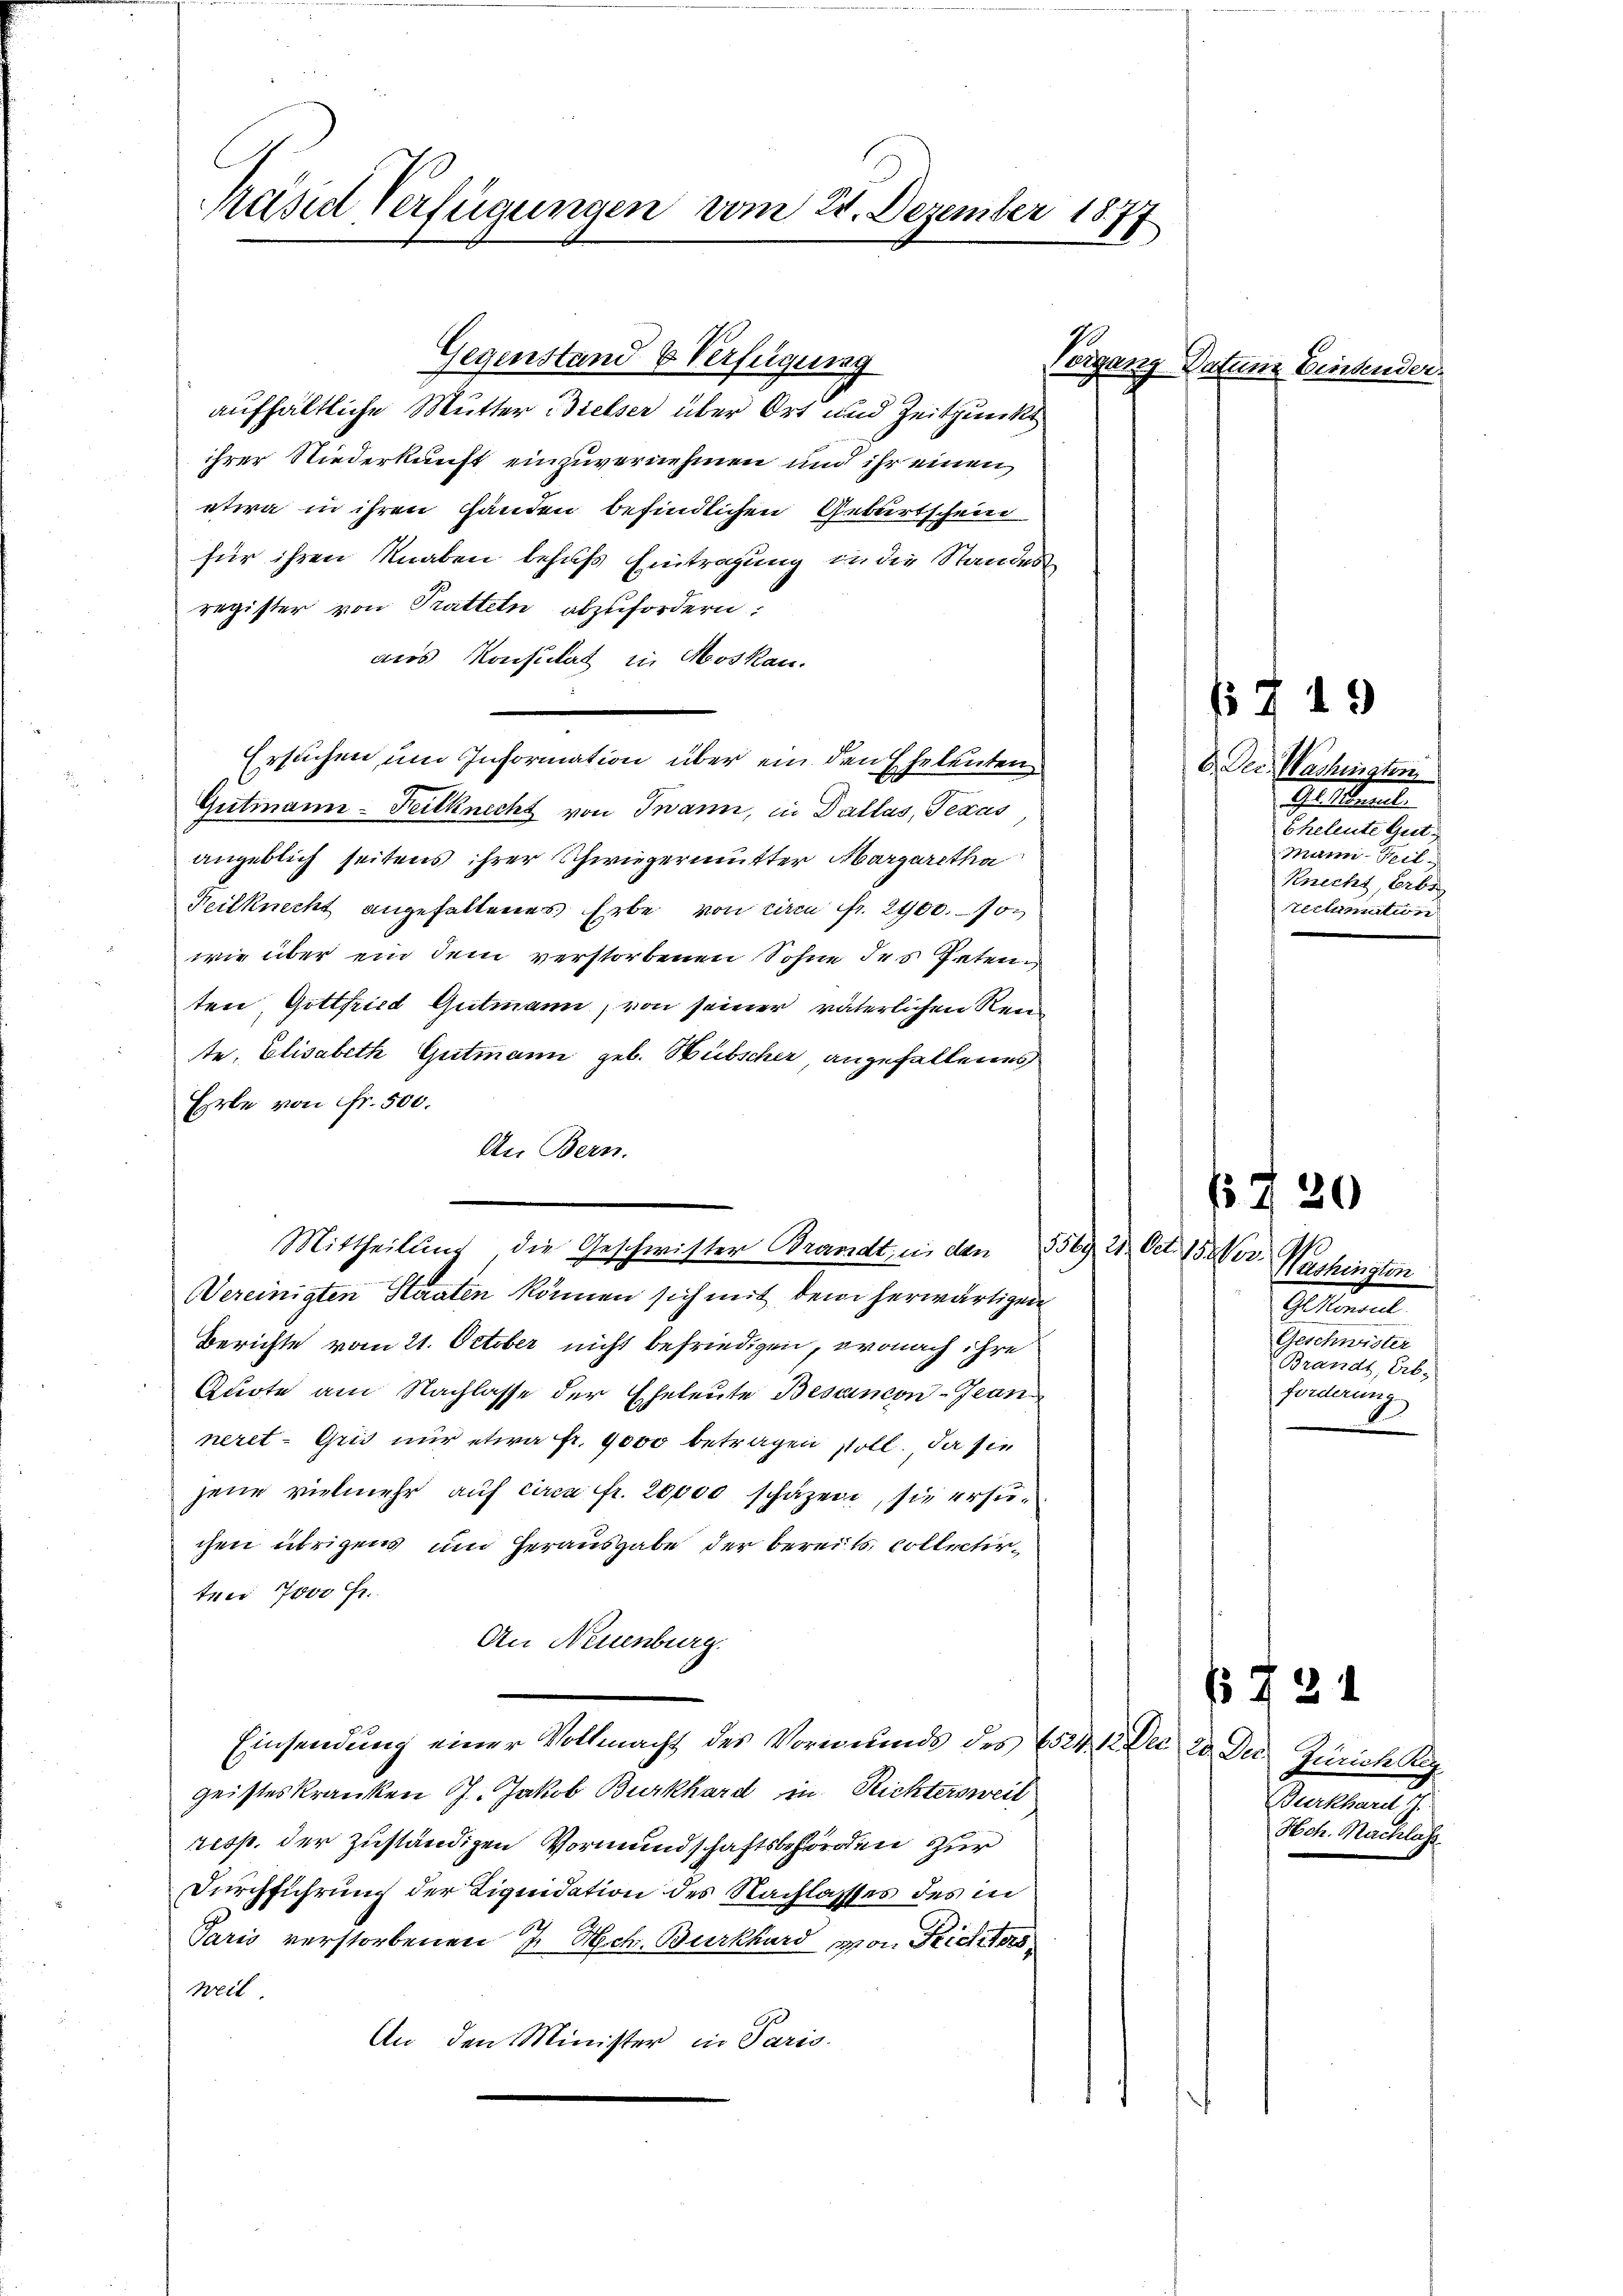
Päsid Verfügungen vom 24. Dezember 1877

Gegenstand b Verfügung
aufhältliche Mutter Bielser über Ort und Zeitpunkt
ihrer Niederkunft einzuvernehmen und ihr einen
etwa in ihren Händen befindlichen Geburtschein
für ihren Knaben behufs Eintragung in die Standes
register von Pratteln abzufordern:
aus Konsulat in Moskau
Ersuchen, um Information über ein den Eheleuten
Gutmann-Feitknecht von Twann, in Pallas, Texas
angeblich seitens ihrer Schwiegermutter Margaretha
Keilknecht angehaltenes Erbe von ciren fr. 2400.- Jo
wie über ein dem verstorbenen Sohne des Petenten, Gottfried Gutmann, von seiner väterlichen Rente, Elisabeth Gutmann geb. Hübscher, angefallenes
Erbe von Fr. 500.
An Bern.
Vereinigten Staaten können sich mit dem herwärtigen
Berichte vom 21. October nicht befriedigen, wonach ihre
Quote am Nachlasse der Eheleute Besancon-Jean
neret. Gris nur etwa Fr. 1000 betragen soll. Da sie
jene vielmehr auf circa Fr. 20000 schäzen, sie ersuchen übrigens und herausgabe der bereits Collectirten 7000 Fr.
An Neuenburg.
Einsendung einer Vollmacht des Vormunds des 1524. 12. Der 20 Der Zürich Reg
geisteskranken J. Jakob Burkhard in Richtersweil
resp. der zuständigen Vormundschaftsbehörden zur
Durchführung der Liquidation des Nachlasses des in
Paris verstorbenen J. Hch. Burkhard von Trichters
Weil
An den Minister in Paris.

Mittheilung die Geschwister Brandt, in den Beg. 21. Oct. 15. Ver. Washington

Vorgang Daten Einsende

( 719
D. Dec. Washington
Gl. Manuel.
Eheleute Gut
Mann Bil¬
Knecht, Erbe
seclamation

730
Gekannt
Geschwister
Brandt, Erb,
forderung

Deckend
Hch. Nachlass

724